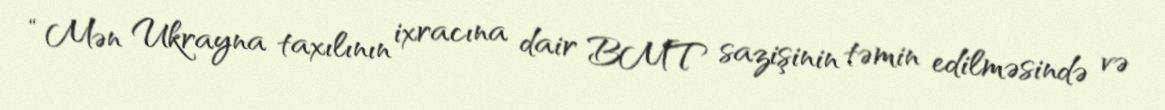
“Mən Ukrayna taxılının ixracına dair BMT sazişinin təmin edilməsində və